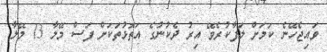
ވައިޖެހޭނެ ކަމަށް ލަފާކުރެވޭ އިރު ދެކުނުގެ އަތޮޅުތަކަށް ފަސް މޭލާ 13 މޭލާ